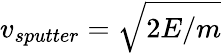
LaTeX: v_{sputter}=\sqrt{2E/m}